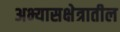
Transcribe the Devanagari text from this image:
अभ्यासक्षेत्रातील